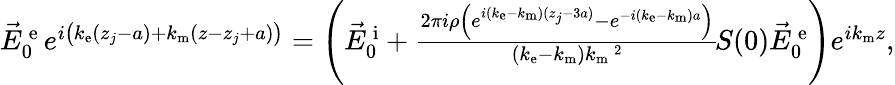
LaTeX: \begin{array}{r}{\vec{E}_{0}^{\mathrm{\, e}}\, e^{i\left(k_{\mathrm{e}}(z_{j}-a)+k_{\mathrm{m}}(z-z_{j}+a)\vphantom{b^{2}}\right)}=\left(\vec{E}_{0}^{\mathrm{\, i}}+\frac{2\pi i\rho\left(e^{i(k_{\mathrm{e}}-k_{\mathrm{m}})(z_{j}-3a)}-e^{-i(k_{\mathrm{e}}-k_{\mathrm{m}})a}\right)}{(k_{\mathrm{e}}-k_{\mathrm{m}})k_{\mathrm{m}}\, \! \! \, \! \, \, \! \, \, \! \! \, \! \, \, \! \! \, \! \! \, \! \, \, \! \! \, \! \! \, \! \, \, \! \, \, \! \! \, \! \, \, \! \! \, \! \! \, \! \, \, \! \, \, \! \! \, \! \, \, \! \, \, \! \! \, \! \, \, \! \! \, \! \! \, \! \, \, \! \, \, \! \! \, \! \, \, \! \, \, \! \! ^{2}}\, \! \! \, \! \, \, \! \, \, \! \! \, \! \, \, \! \! \, \! \! \, \! \, \, \! \! \, \! \! \, \! \, \, \! \, \, \! \! \, \! \, \, \! \! \, \! \! \, \! \, \, \! \, \, \! \! \, \! \, \, \! \! S(0)\vec{E}_{0}^{\mathrm{\, e}}\right)e^{ik_{\mathrm{m}}z},}\end{array}